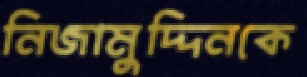
নিজামুদ্দিনকে